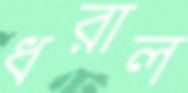
ধরাল